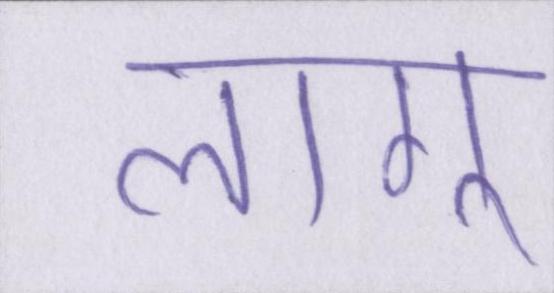
लागू